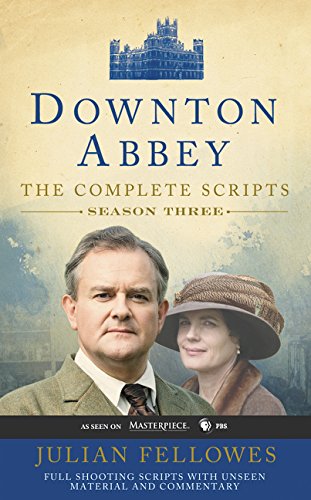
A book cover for Downton Abbey Script Book Season 3; Julian Fellowes; Humor & Entertainment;